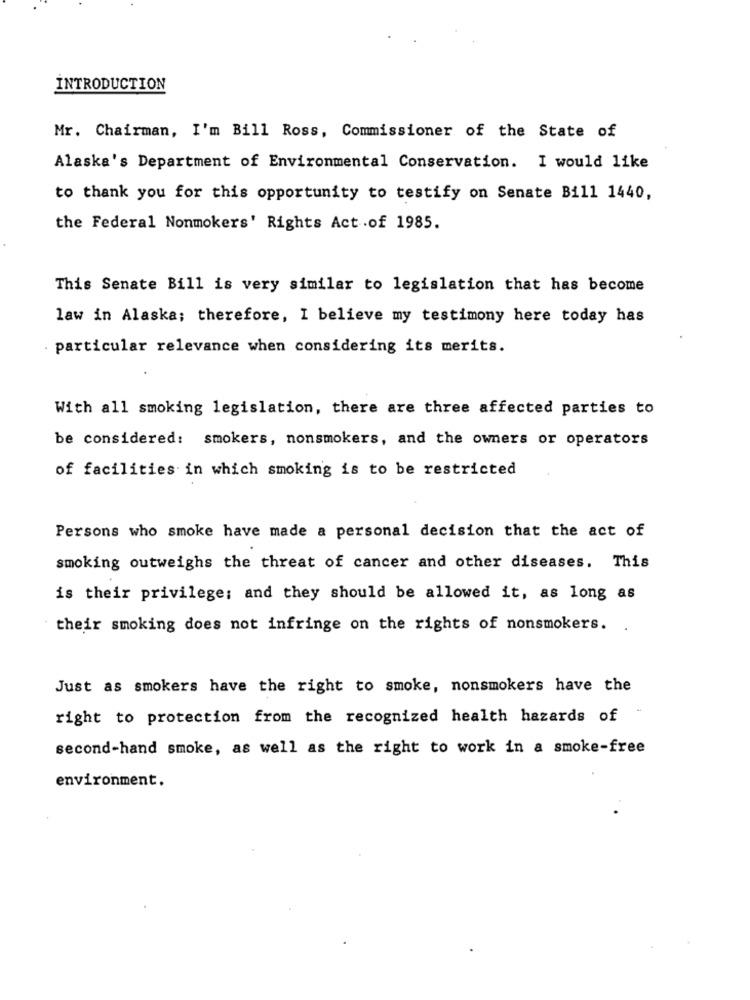
INTRODUCTION
Mr. Chairman, I'm Bill Ross, Commissioner of the State of
Alaska's Department of Environmental Conservation. I would like
to thank you for this opportunity to testify on Senate Bill 1440,
the Federal Nonmokers' Rights Act .of 1985.
This Senate Bill is very similar to legislation that has become
law in Alaska; therefore, I believe my testimony here today has
particular relevance when considering its merits.
With all smoking legislation, there are three affected parties to
be considered: smokers, nonsmokers, and the owners or operators
of facilities in which smoking is to be restricted
Persons who smoke have made a personal decision that the act of
smoking outweighs the threat of cancer and other diseases. This
is their privilege; and they should be allowed it, as long as
their smoking does not infringe on the rights of nonsmokers. .
Just as smokers have the right to smoke, nonsmokers have the
right to protection from the recognized health hazards of
second-hand smoke, as well as the right to work in a smoke-free
environment.